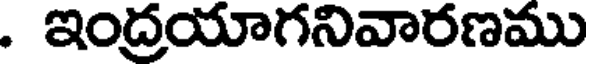
. ఇంద్రయాగనివారణము